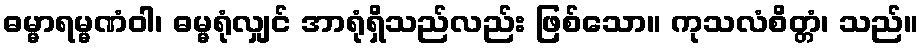
ဓမ္မာရမ္မဏံဝါ၊ ဓမ္မရုံလျှင် အာရုံရှိသည်လည်း ဖြစ်သော။ ကုသလံစိတ္တံ၊ သည်။